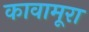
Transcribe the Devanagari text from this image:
कावामूरा